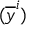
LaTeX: ( { \overline { { y } } } ^ { i } )